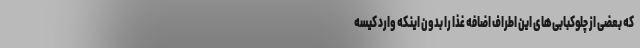
که بعضی از چلوکبابی‌های این اطراف اضافه غذا را بدون اینکه وارد کیسه